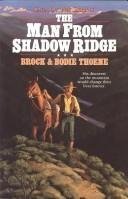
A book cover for The Man from Shadow Ridge (Saga of the Sierras); Brock Thoene; Religion & Spirituality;